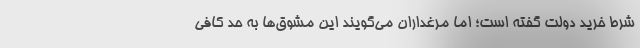
شرط خرید دولت گفته است؛ اما مرغداران می‌گویند این مشوق‌ها به حد کافی